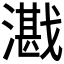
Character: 𪭕